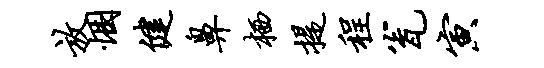
放悃健鼻栖提程瓮寅